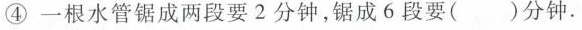
④一根水管锯成两段要2分钟，锯成6段要()分钟。